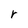
Character: r